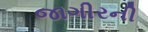
જાગીરની